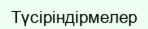
Түсіріндірмелер